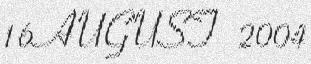
16 AUGUST 2004